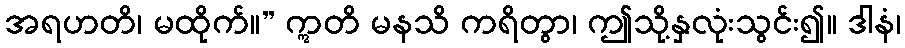
အရဟတိ၊ မထိုက်။” ဣတိ မနသိ ကရိတွာ၊ ဤသို့နှလုံးသွင်း၍။ ဒါနံ၊